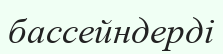
бассейндерді